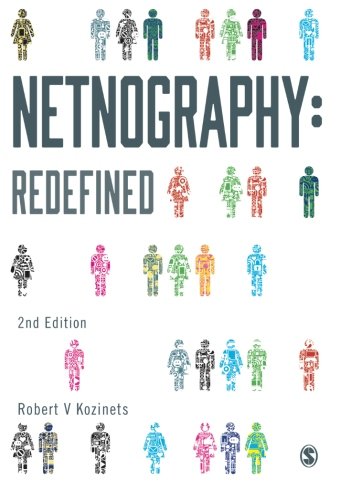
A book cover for Netnography: Redefined; Robert Kozinets; Science & Math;